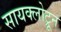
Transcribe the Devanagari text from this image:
सायक्लोट्रून